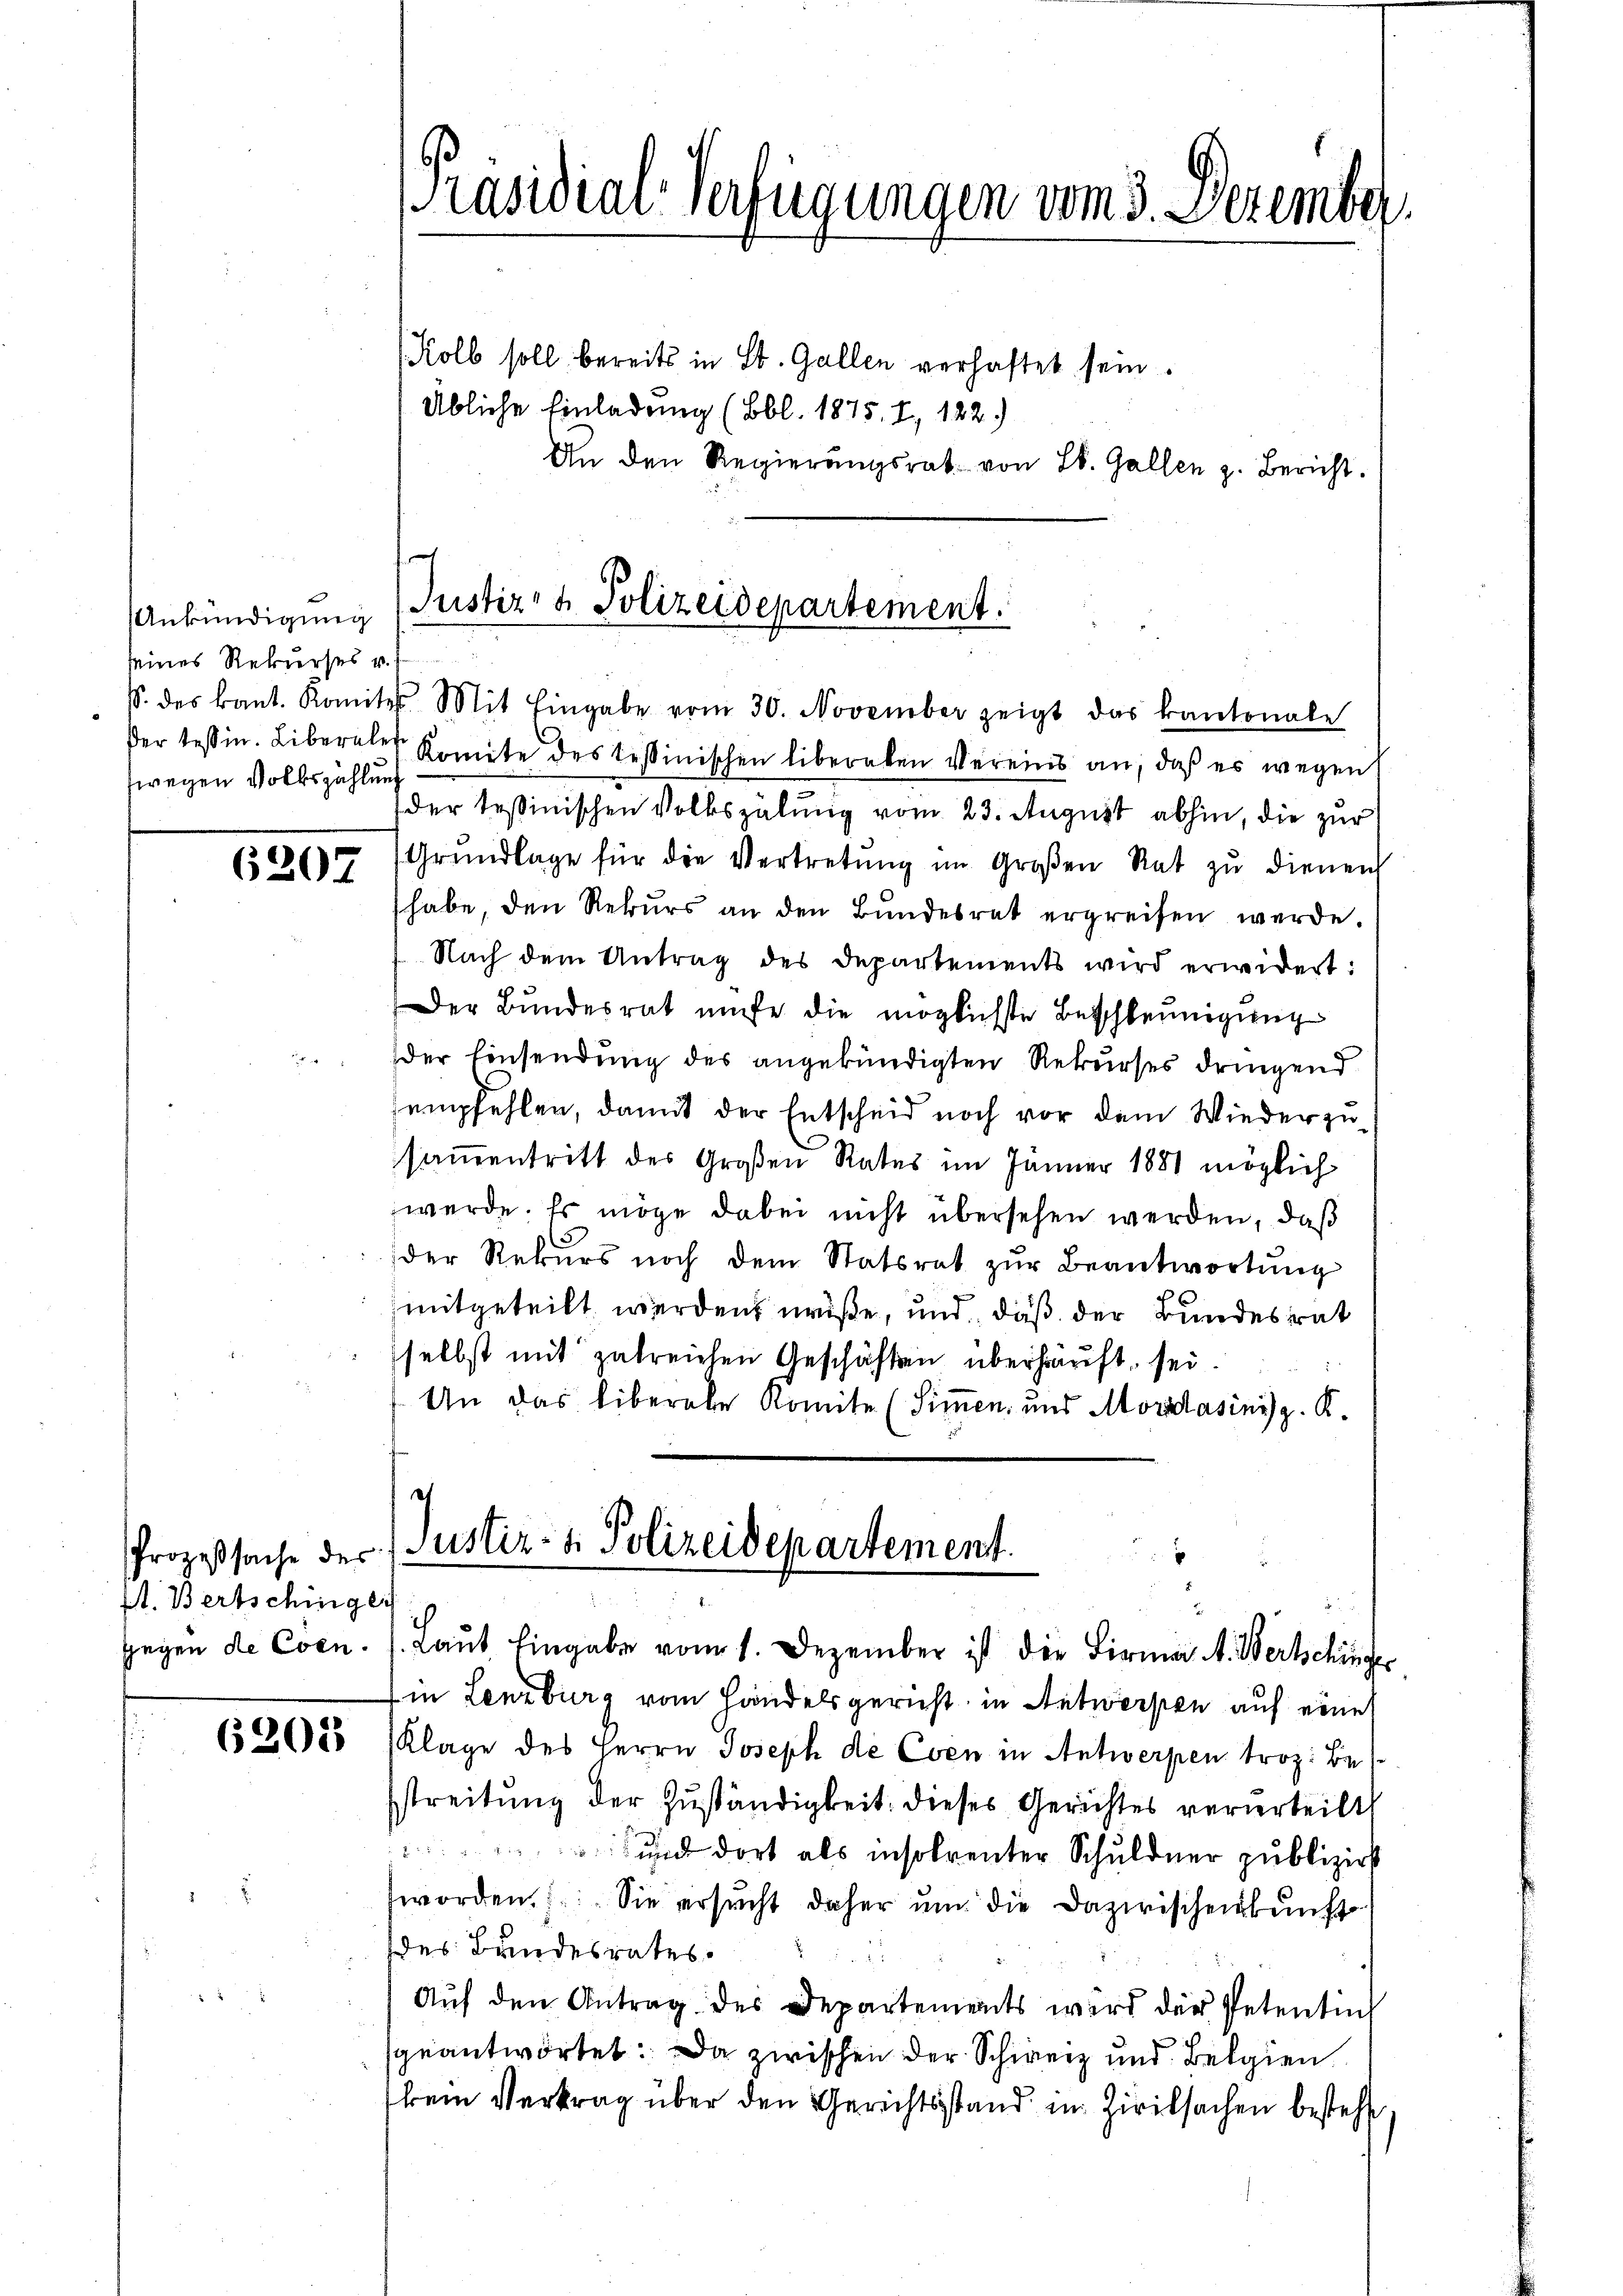
Ankündigung
seines Rekurses v.
zwegen Volkszählung

6207

At. Bertschinger
gegen de Coen.

6205

Kolb soll bereits in St. Gallen verhaftet sein.
Übliche Einladung (Bbl. 1875, 7, 122.)
An den Regierŭngsrat von L. Gallen z. Bericht.

Präsidial-Verfügungen vom 3. Dezember.

Justiz- & Polizeidepartement.

S. des kant. Komites Mit Eingabe vom 30. November zeigt das kantonale
der Tessin. Liberaler Komite des Tessinischen liberaten Vereins an, daß es wegen
der Teßinischen Volkszähung vom 23. August abhin, die zur
Grŭndlage für die Vertretŭng im Großen Rat zŭ dienen
habe, den Rekurs an den Bŭndesrat ergreifen werde.
Nach dem Antrag des Departements wird erwidert:
Der Bundesrat mise die möglichste Beschleunigung
der Einsendung des angekündigten Rekurses dringend
empfehlen, damit der Entscheid noch vor dem Wiederzusammentritt des Großen Rates im Jänner 1881 möglich
werde. Es möge dabei nicht übersehen werden, daß
der Rekurs noch dem Statsrat zŭr Beantwortung
mitgeteilt werden müße, und, daß der Bundesrat
selbst mit zalreichen Geschäften überhauft, sei.
Un das liberale Komite (Simmen- und Morasinis z. K.

in Lenzburg vom Handelsgericht in Antwerpen auf eine
Klage des Herrn Joseph die Even in Antwerpen troz. Be
streitung der Zuständigkeit: dieses Gerichtes verurteilt
en und dort als insolrenter Schuldner publizirt
worden. Sie ersucht daher um die Dazwischenkunft
des Bundesrates
Auf den Antrag des Departements wird der Petentin
geantwortet: Da zwischen der Schweiz und Belgien
kein Vertrag über den Gerichtsstand in Zivilsachen bestehe

Prozeßsache des 1 Justiz- & Polizeidepartement
Laŭt Eingabe vom 1. Dezember ist die Firma M. Bertschinger